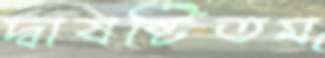
দ্বাষষ্টিতম